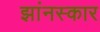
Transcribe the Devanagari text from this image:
झांनस्कार